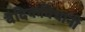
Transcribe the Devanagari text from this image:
वैदिकविधानीं